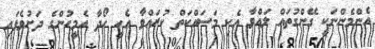
އެންމެންނަކީ ގޭންގުތައް ލައްވާ އެކި މަސައްކަތް ކުރައްވާ އެހީ ހޯދާ އެމީހުންގެ ދަށުވެފައި